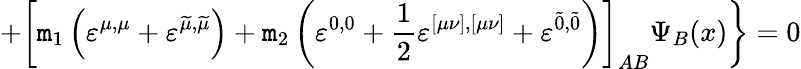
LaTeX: +\left[\mathtt{m}_{1}\left(\varepsilon^{\mu,\mu}+\varepsilon^{\widetilde{{\mu}},\widetilde{{\mu}}}\right)+\mathtt{m}_{2}\left(\varepsilon^{0,0}+\frac{1}{2}\varepsilon^{[\mu\nu],[\mu\nu]}+\varepsilon^{\widetilde{{0}},\widetilde{{0}}}\right)\right]_{AB}\Psi_{B}(x)\biggr\} =0